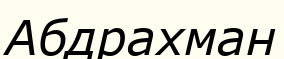
Абдрахман